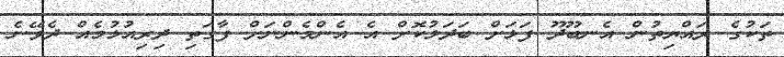
ތަކުގެ ރައްޔިތުން އެނބޫދޫ ފަޅަށް ބަދަލުކޮށް އެ އެންމެންނަށް ފާގަތި ދިރިއުޅުމެއް ދެވޭނެ